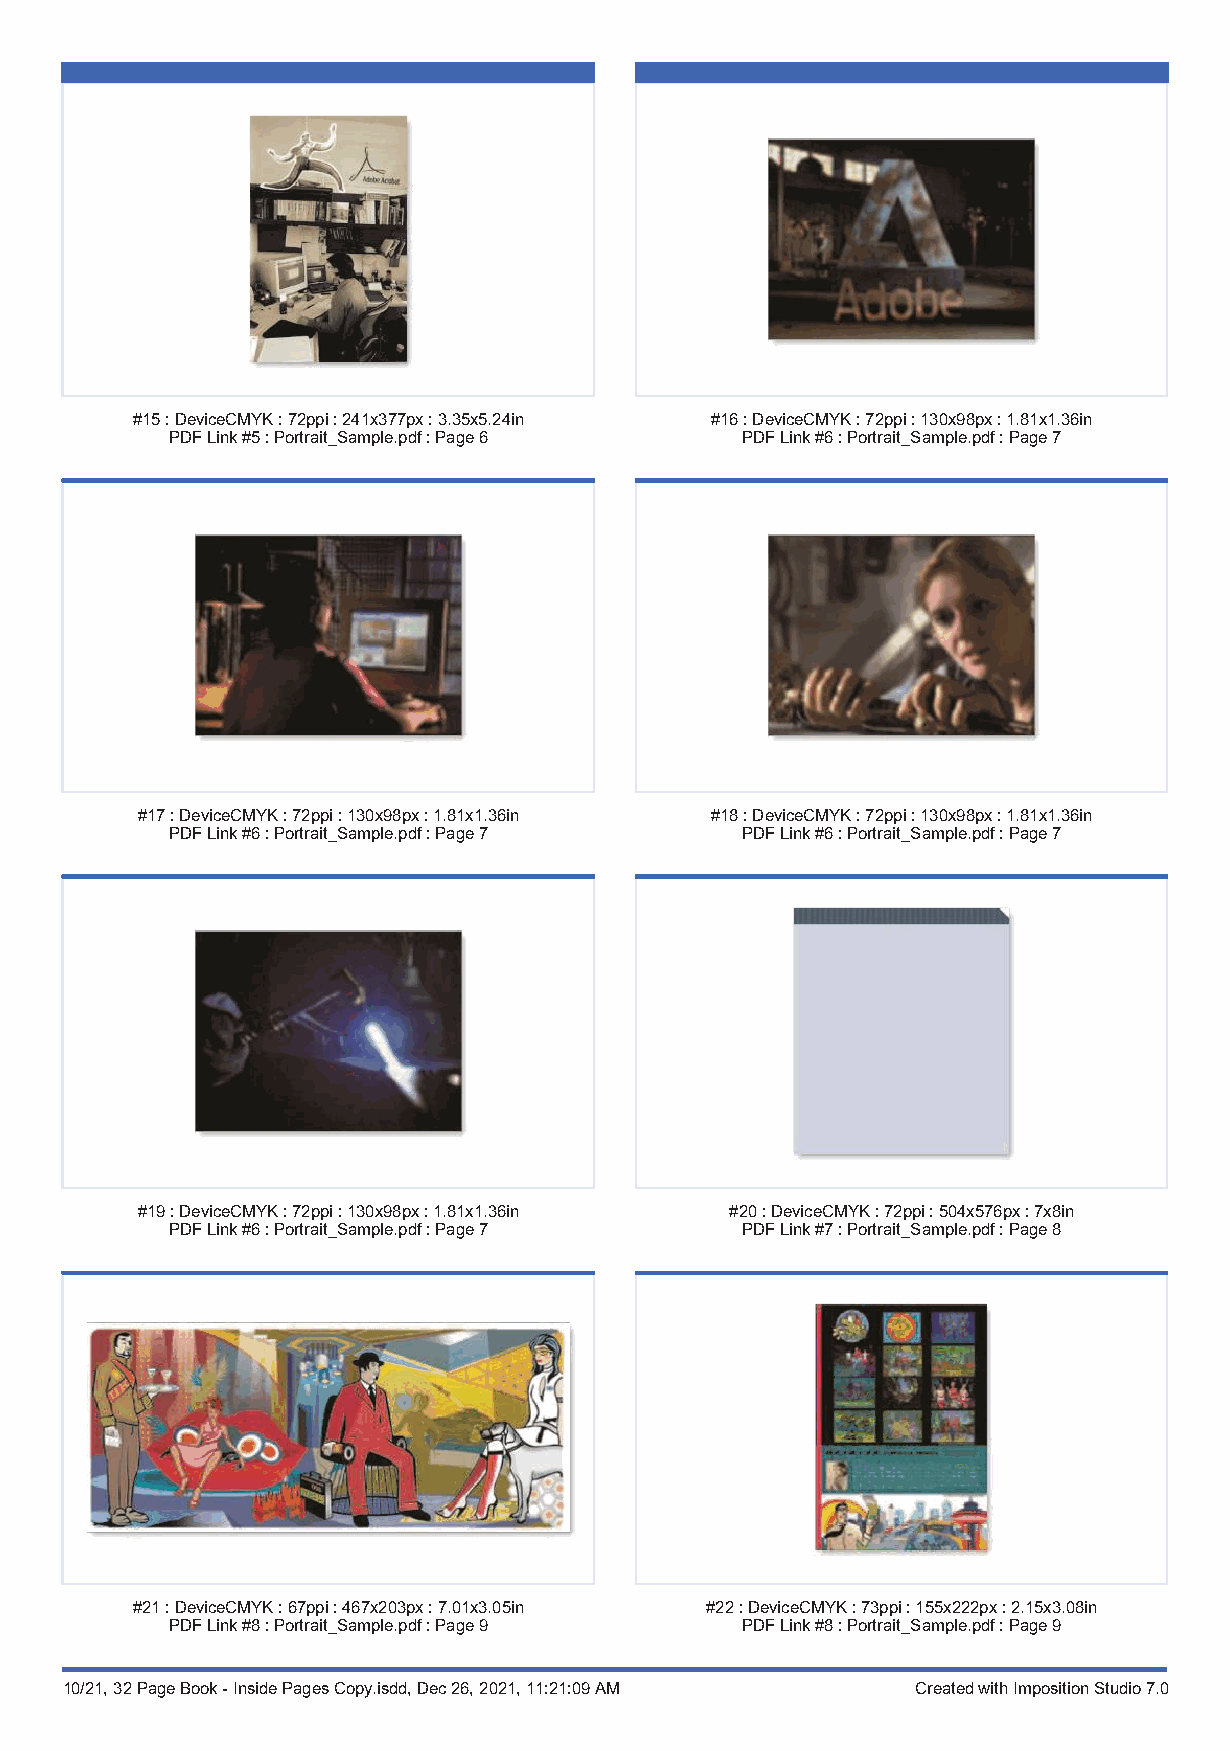
#15:DeviceCMYK:72ppi:241x377px:3.35x5.24in #16:DeviceCMYK:72ppi:130x98px:1.81x1.36in
 PDFLink#5:Portrait_Sample.pdf:Page6   PDFLink#6:Portrait_Sample.pdf:Page7
 #17:DeviceCMYK:72ppi:130x98px:1.81x1.36in #18:DeviceCMYK:72ppi:130x98px:1.81x1.36in
 PDFLink#6:Portrait_Sample.pdf:Page7   PDFLink#6:Portrait_Sample.pdf:Page7
 #19:DeviceCMYK:72ppi:130x98px:1.81x1.36in #20:DeviceCMYK:72ppi:504x576px:7x8in
 PDFLink#6:Portrait_Sample.pdf:Page7   PDFLink#7:Portrait_Sample.pdf:Page8
 #21:DeviceCMYK:67ppi:467x203px:7.01x3.05in #22:DeviceCMYK:73ppi:155x222px:2.15x3.08in
 PDFLink#8:Portrait_Sample.pdf:Page9   PDFLink#8:Portrait_Sample.pdf:Page9
 10/21, 32 Page Book - Inside Pages Copy.isdd, Dec 26, 2021, 11:21:09 AM Created with Imposition Studio 7.0